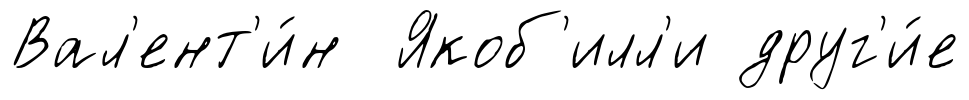
Вал'ент'и́н Якоб'илл'и друг'и́е